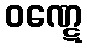
ဝဏ္ဋေ